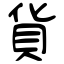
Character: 貨